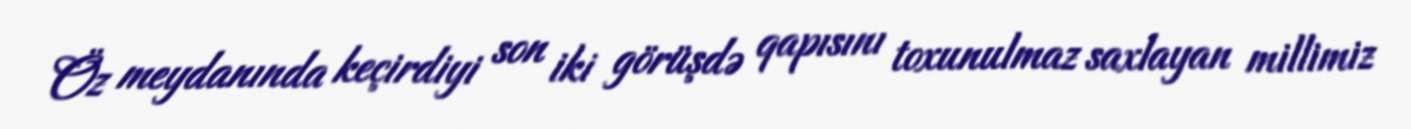
Öz meydanında keçirdiyi son iki görüşdə qapısını toxunulmaz saxlayan millimiz